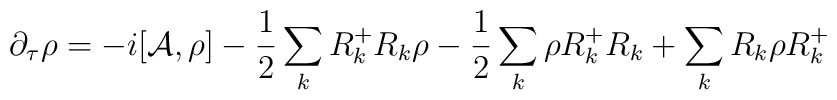
\partial_{\tau}\rho=-i[{\cal A},\rho]-\frac{1}{2}\sum_{k}R_{k}^{+}R_{k}\rho          -\frac{1}{2}\sum_{k}\rho R_{k}^{+}R_{k} + \sum_{k} R_{k}\rho R_{k}^{+}